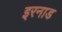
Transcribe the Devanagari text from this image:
इरनाड